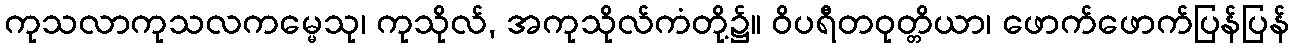
ကုသလာကုသလကမ္မေသု၊ ကုသိုလ်, အကုသိုလ်ကံတို့၌။ ဝိပရီတဝုတ္တိယာ၊ ဖောက်ဖောက်ပြန်ပြန်